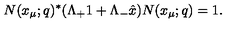
N ( x _ { \mu } ; q ) ^ { * } ( \Lambda _ { + } 1 + \Lambda _ { - } \hat { x } ) N ( x _ { \mu } ; q ) = 1 .